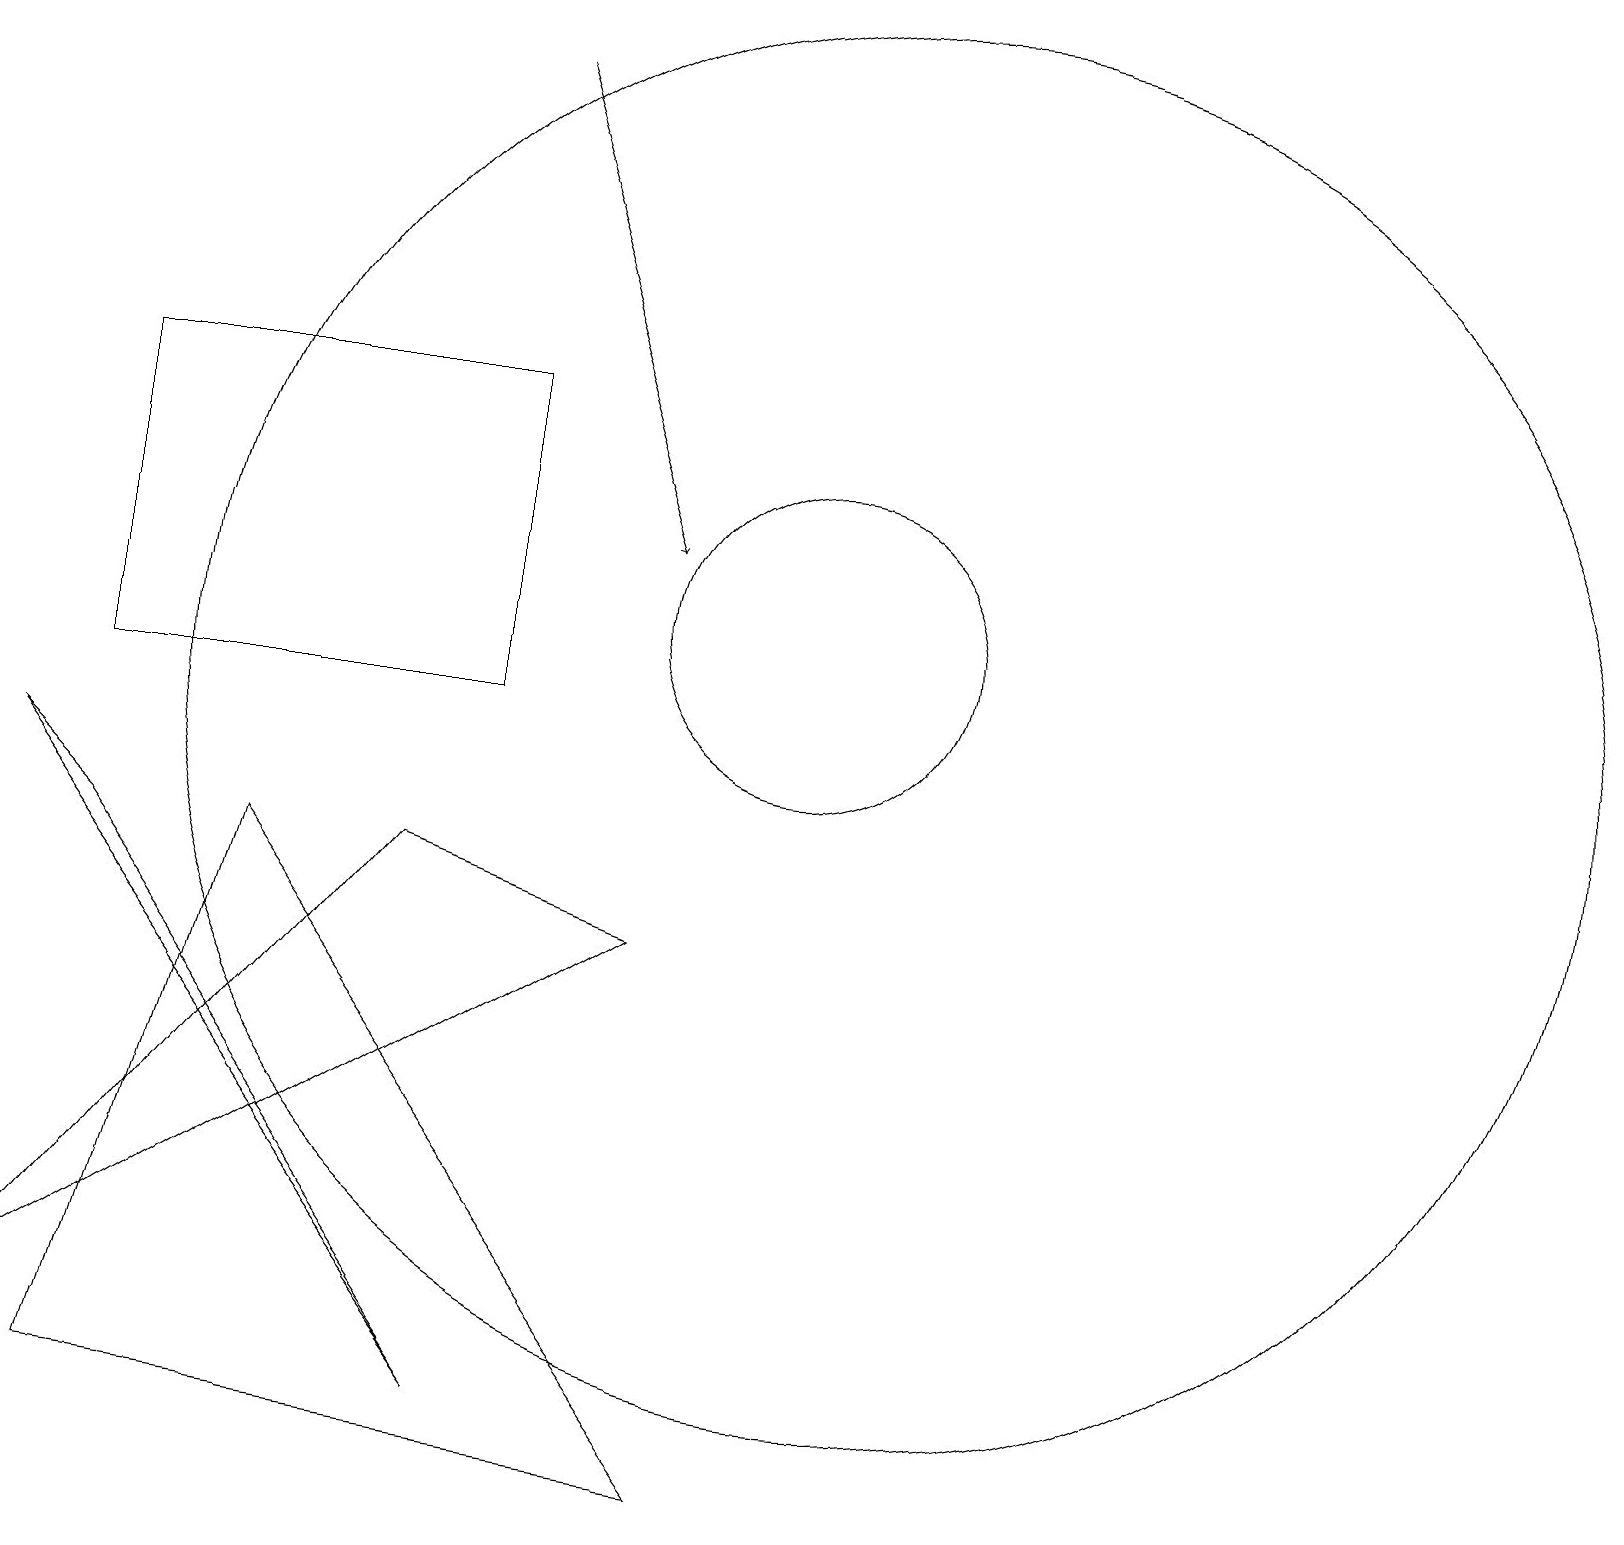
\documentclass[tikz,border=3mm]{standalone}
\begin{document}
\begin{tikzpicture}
\draw (11,10) circle (9);
\draw (6,10) rectangle (1,14);
\draw (1,8) -- (6,1) -- (0,9) -- cycle;
\draw (10,11) circle (2);
\draw (3,8) -- (1,1) -- (9,0) -- cycle;
\draw[->] (6,18) -- (8,12);
\draw (0,2) -- (5,8) -- (8,7) -- cycle;
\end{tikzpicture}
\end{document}